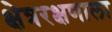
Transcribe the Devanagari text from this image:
क्षेत्ररक्षणाला